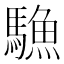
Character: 𩥭